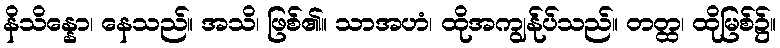
နိသိန္နော၊ နေသည်။ အသိ၊ ဖြစ်၏။ သာအဟံ၊ ထိုအကျွန်ုပ်သည်။ တတ္ထ၊ ထိုမြစ်၌။